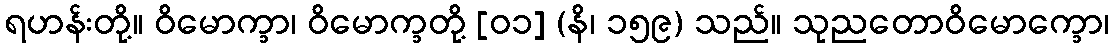
ရဟန်းတို့။ ဝိမောက္ခာ၊ ဝိမောက္ခတို့ [၀၁] (နိ၊ ၁၅၉) သည်။ သုညတောဝိမောက္ခော၊